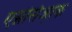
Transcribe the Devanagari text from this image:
एम्नेसिआ़क